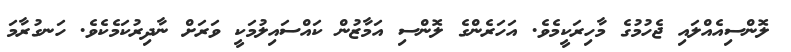
ލޮންސިއެއްލައި ޖެހުމުގެ މާހިރަކީމެވެ. އަހަރެންގެ ލޮންސި އަމާޒުން ކައްސައިލުމަކީ ވަރަށް ނާދިރުކަމެކެވެ. ހަނގުރާމަ